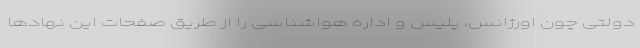
دولتی چون اورژانس، پلیس و اداره هواشناسی را از طریق صفحات این نهادها